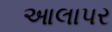
આલાપર